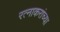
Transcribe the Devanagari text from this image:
रत्नाकरांच्या